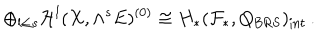
\oplus _ { l \le s } { \cal H } ^ { l } ( X , \wedge ^ { s } E ) ^ { ( 0 ) } \cong H _ { * } ( { \cal F } _ { * } , Q _ { \mathrm { B R S } } ) _ { \mathrm { i n t } } \, .